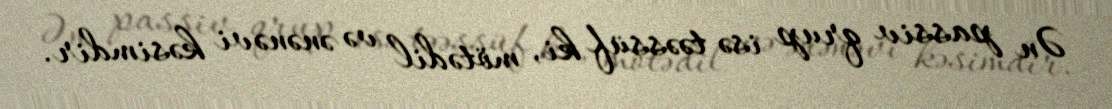
Ən passiv qrup isə təəssüf ki, mötədil və ənənəvi kəsimdir.